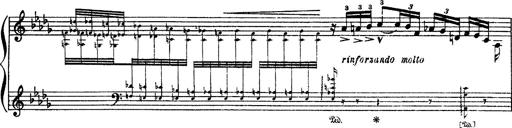
Title: Paraphrase de concert sur Rigoletto
Composer: Franz Liszt